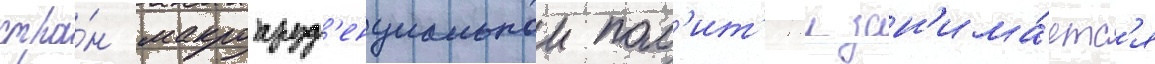
стра́н макропруд'енциальнои пол'ит'икои зан'има́етс'я